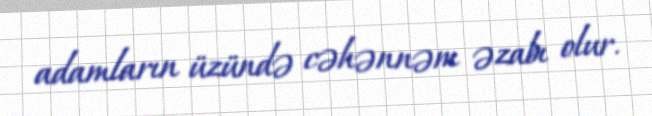
adamların üzündə cəhənnəm əzabı olur.